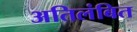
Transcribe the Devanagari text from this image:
अतिलंबित